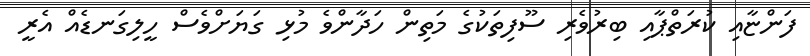
ފަންޏާއި ކުރަތްޕާއި ބިރުވެރި ސޫފިތަކުގެ މަތިން ހަދާންވެ މުޅި ގަޔަށްވެސް ހީލިގަނޑެއް އެރީ